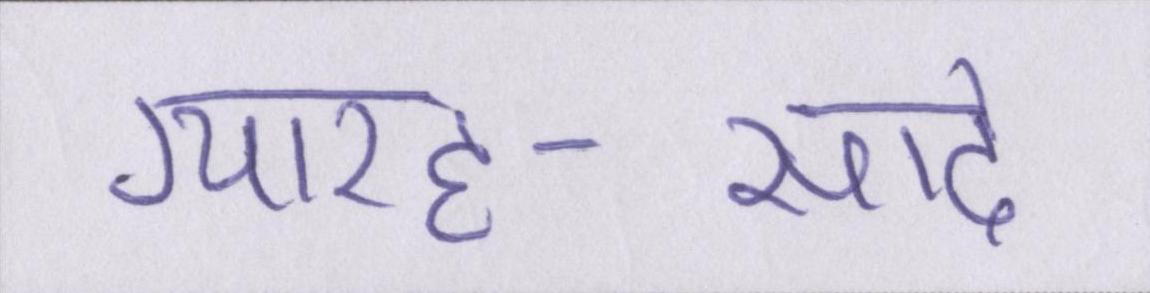
ग्यारह-साढे